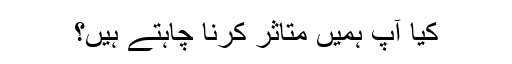
کیا آپ ہمیں متاثر کرنا چاہتے ہیں؟